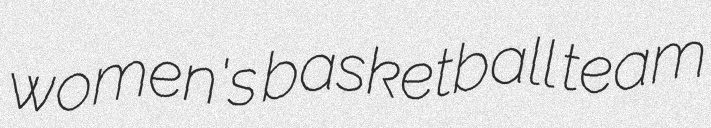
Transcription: women's basketball team